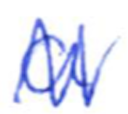
Text: a
Cross-out: zig-zag
Writing tool: ballpoint